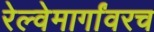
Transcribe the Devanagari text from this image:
रेल्वेमार्गांवरच